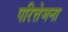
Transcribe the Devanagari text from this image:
परित्तेजना